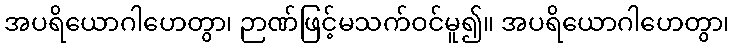
အပရိယောဂါဟေတွာ၊ ဉာဏ်ဖြင့်မသက်ဝင်မူ၍။ အပရိယောဂါဟေတွာ၊